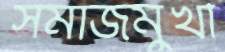
সমাজমুখী